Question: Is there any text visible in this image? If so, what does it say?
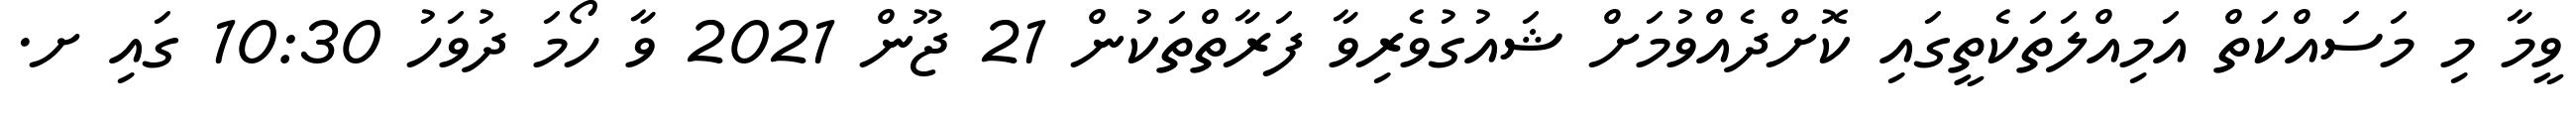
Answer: ވީމާ މި މަސައްކަތް އަމިއްލަތަކެތީގައި ކޮށްދެއްވުމަށް ޝައުގުވެރިވާ ފަރާތްތަކުން 21 ޖޫން 2021 ވާ ހޯމަ ދުވަހު 10:30 ގައި ށ.